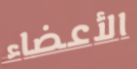
الأعضاء